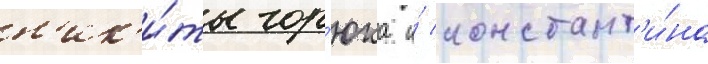
н'ик'и́ты гор'юка и́ констант'и́на